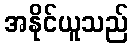
အနိုင်ယူသည်